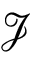
\mathscr { J }